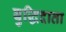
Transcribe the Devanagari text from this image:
बुद्धिदाता